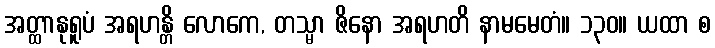
အတ္ထာနုရူပံ အရဟန္တိ လောကေ, တသ္မာ ဇိနော အရဟတိ နာမမေတံ။ ၁၃၀။ ယထာ စ